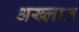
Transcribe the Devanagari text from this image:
अख्लात